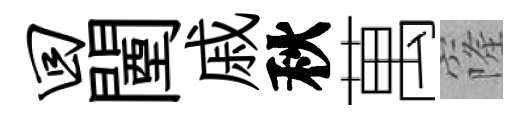
回闉戚秋萬窿